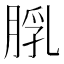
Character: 𦜘